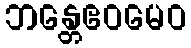
ဘန္တေဧဝမေဝ